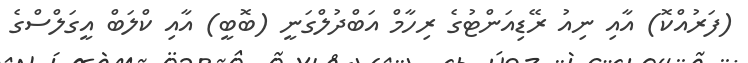
(ފަރުއްކޮ) އާއި ނިއު ރޭޑިއަންޓުގެ ރިހާމް އަބްދުލްގަނީ (ބޮބީ) އާއި ކްލަބް އީގަލްސްގެ